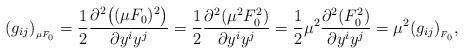
LaTeX: \begin{align*}(g_{ij})_{_{\mu F_0}}=\frac{1}{2}\frac{\partial^2\big((\mu F_0)^2\big)}{\partial y^i y^j}=\frac{1}{2}\frac{\partial^2 (\mu^2 F_0^2)}{\partial y^i y^j}=\frac{1}{2}\mu^2 \frac{\partial^2 ( F_0^2)}{\partial y^i y^j}=\mu^2 (g_{ij})_{_{F_0}},\end{align*}